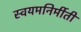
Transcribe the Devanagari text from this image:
स्वयमनिर्मीती